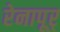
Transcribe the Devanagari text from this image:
रेनापूर्